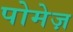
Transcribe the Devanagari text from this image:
पोमेज़